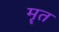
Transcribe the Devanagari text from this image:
मॄत